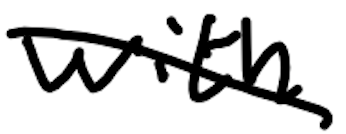
Text: with
Cross-out: diagonal
Writing tool: digital_black